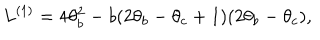
L ^ { ( 1 ) } = 4 \theta _ { b } ^ { 2 } - b ( 2 \theta _ { b } - \theta _ { c } + 1 ) ( 2 \theta _ { b } - \theta _ { c } ) ,